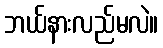
ဘယ်နားလည်မလဲ။